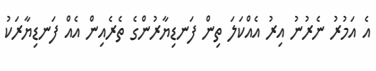
އެ އަމުރު ނެރުނު އިރު އެއްކަލަ ތިން ފަނޑިޔާރުންގެ ތެރެއިން އެއް ފަނޑިޔާރަކު